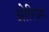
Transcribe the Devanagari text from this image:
ओरियम